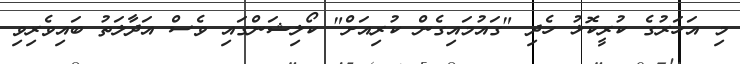
މި އަހަރުގެ ކުރީކޮޅު ހެދި "ގައުމައިގެން ކުރިއަށް" ކޯލިޝަންގައި ވެސް އަދާލަތު ބައިވެރިވި